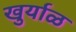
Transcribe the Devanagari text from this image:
खुर्याळ